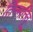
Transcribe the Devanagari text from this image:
तिनमत्तिवू